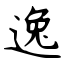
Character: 逸